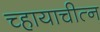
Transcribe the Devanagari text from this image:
च्हायाचीत्न